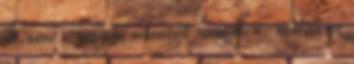
de nem a normás sebességű beszédben. nem is ez